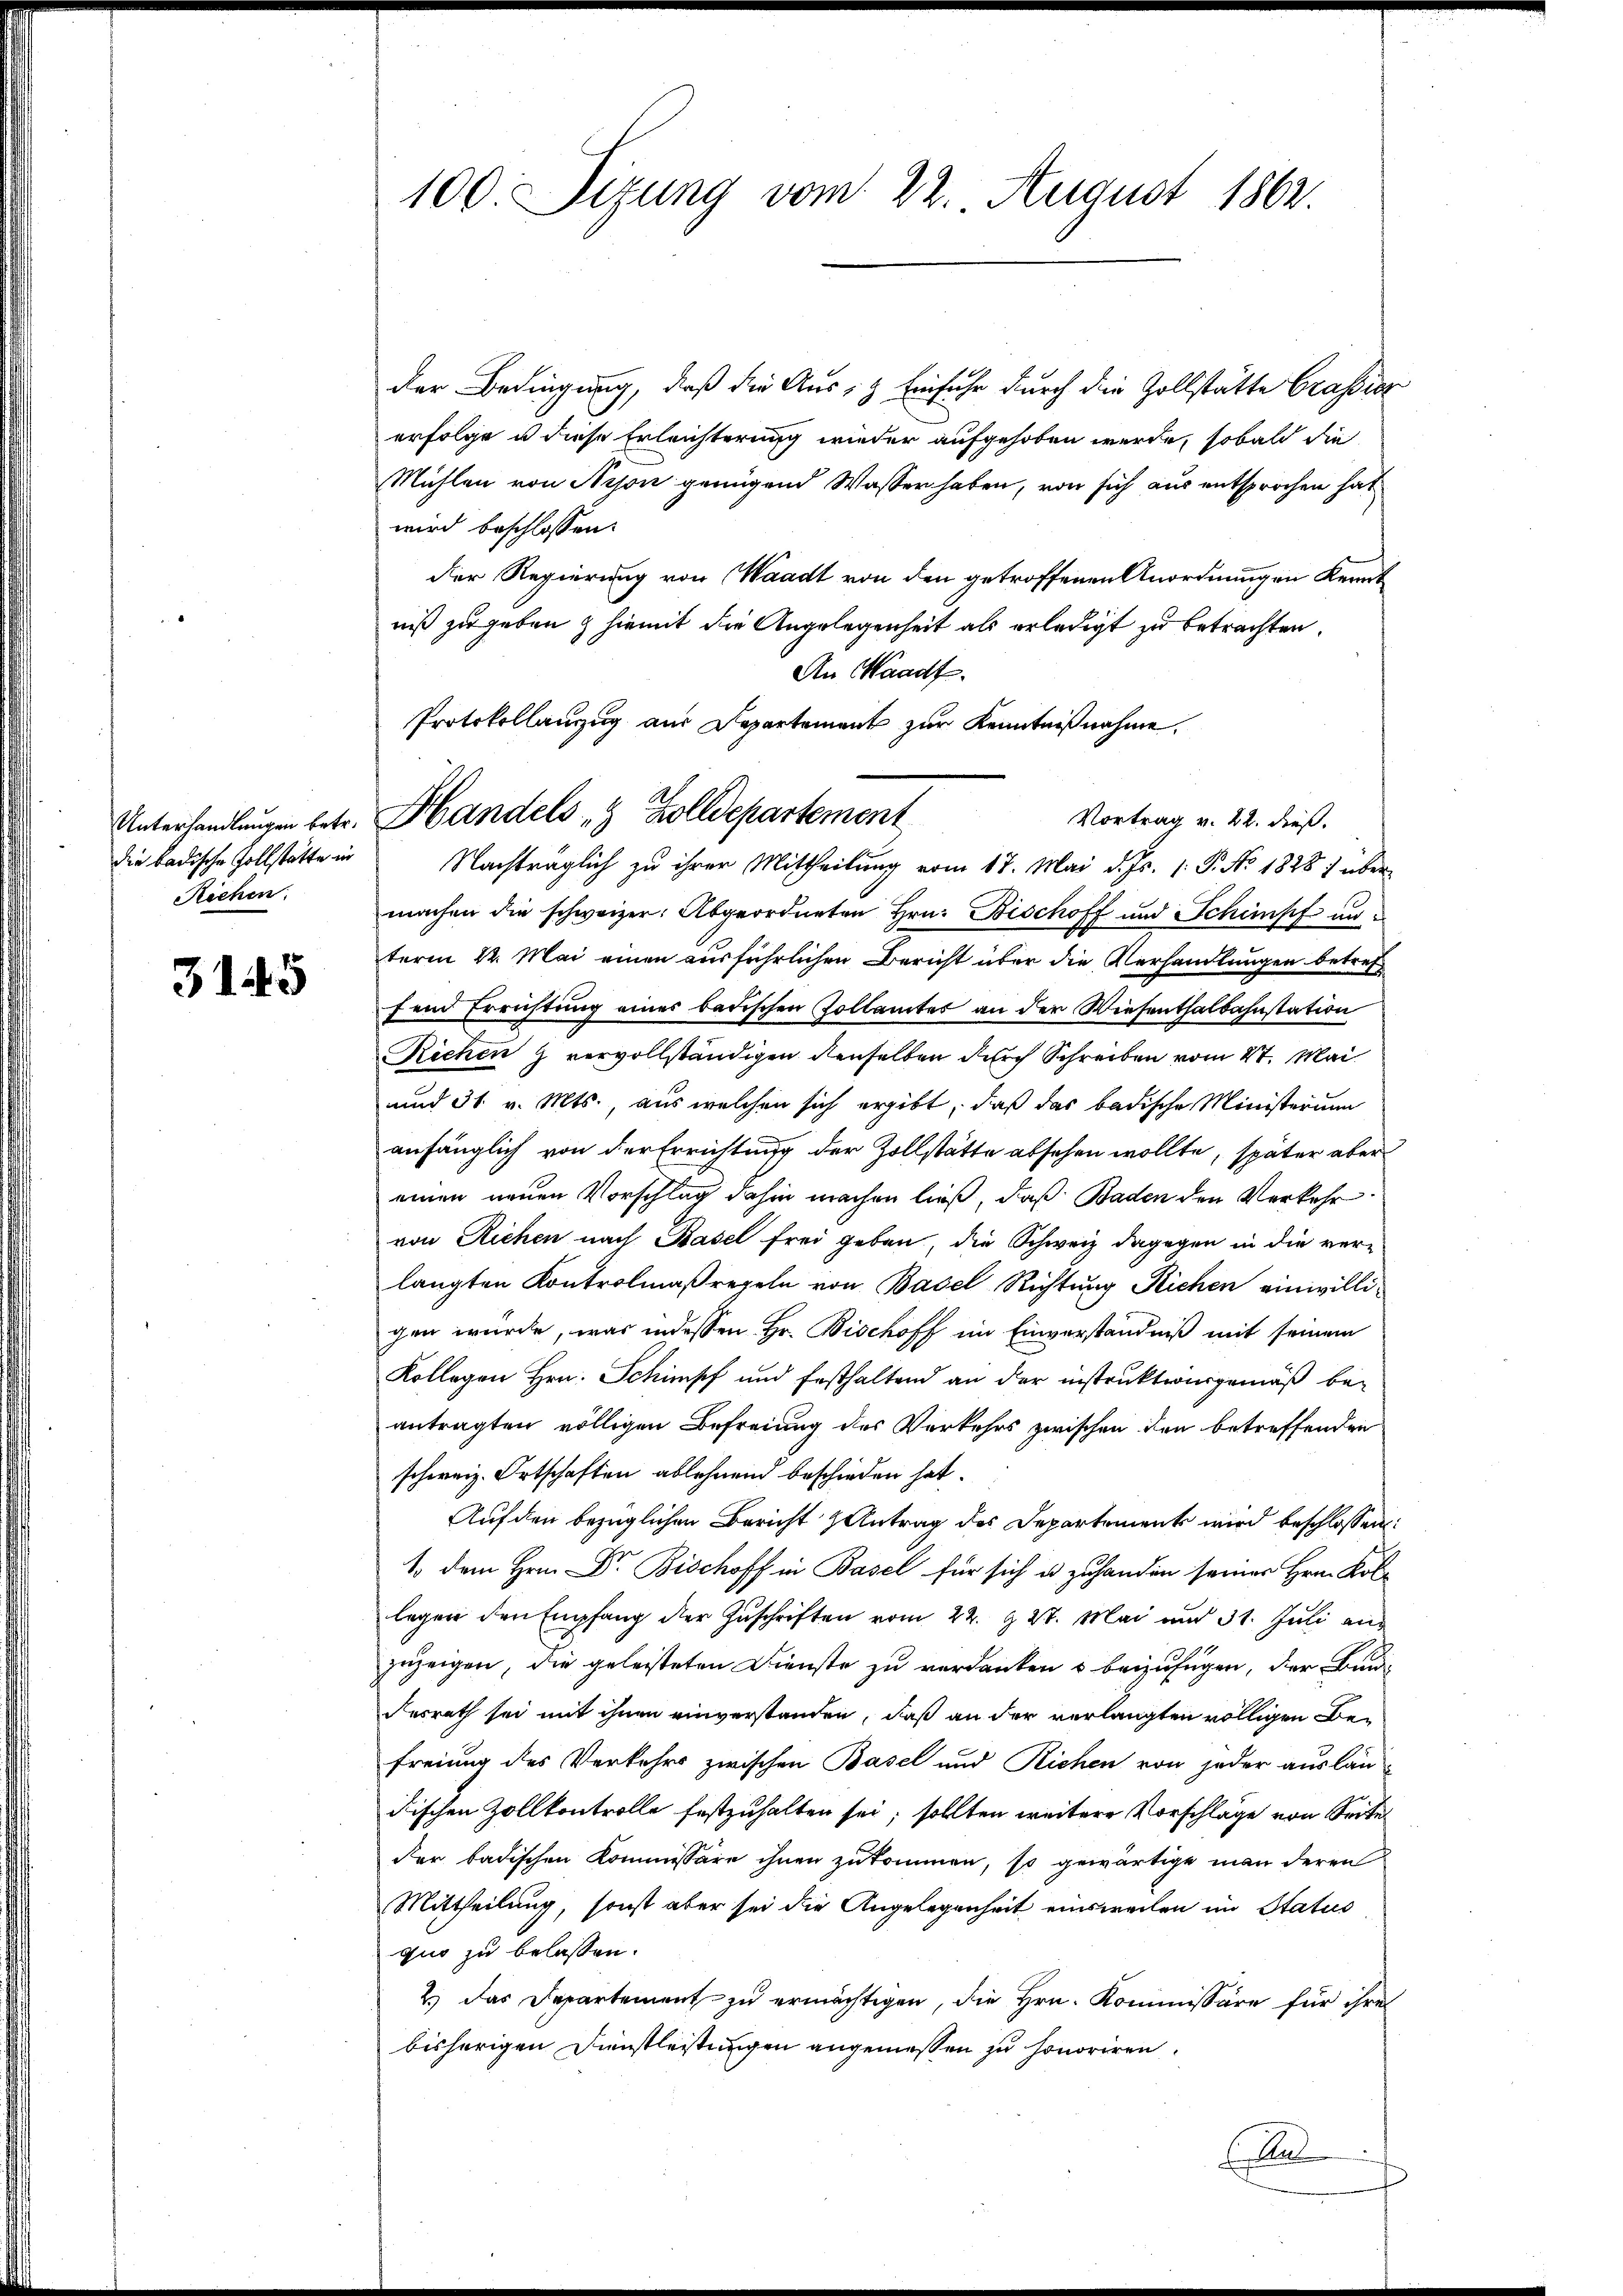
die badische Vollstätte in
Richen

3145

100. Sizung vom 22. August 1862.

der Bedingung, daß die Aus- & Einfuhr durch die Zollstätte Grassier
erfolge u diese Erleichterung wieder aufgehoben werde, sobald die
Mühlen von Nison genügend Wasser haben, von sich aus entsprochen hat
wird beschlossen:
der Regierung von Waadt von den getroffenen Anordnungen Kenntniß zu geben & hiemit die Angelegenheit als erledigt zu betrachten.
An Waadt.
Vortrag v. 22. dieß.
Nachträglich zu ihrer Mittheilung vom 17. Mai d. Js. (: P. No. 1828 über
machen die schweizer. Abgeordneten Hrn. Bischoff und Schimpf anterm 22. Mai einen ausführlichen Bericht über die Verhandlungen betref
sein Errichtung eines badischen Zollämter an der Wiesenthalbahnstation
Richen & vervollständigen denselben durch Schreiben vom 2t. Mai
und 31. v. Mts., aus welchen sich ergibt, daß das badische Ministerun
anhänglich von der Errichtung der Zollstätte absehen wollte, später aber
einen neuen Vorschlag dahin machen ließ, daß Baden den Verkehr
von Richen nach Basel frei geben, die Schweiz dagegen in die verlangten Kontrolmaßregeln von Basel Richtung Richen einwilligen wurde, was indessen Hr. Bischoff im Einverständniß mit seinem
Kollegen Hrn. Schimpf und festhaltend an der instrukturgemäß beantragten völligen Befreiung des Verkehrs zwischen den betreffenden
schweiz. Ortschaften ablehnend beschieden hat.
Auf den bezüglichen Bericht Zentrag des Departements wird beschlossen:
1. dem Hrn. Dr. Bischoff in Basel für sich u. zuhanden seiner Hrn. Kollegen den Empfang der Zuschriften vom 22. d. 27. Mai und 31. Juli anzuzeigen, die geleisteten Dienste zu verdanken u beizufügen, der Bunddesrath sei mit ihnen einverstanden, daß an der verlangten völligen Befreiung des Verkehrs zwischen Basel und Richen von jeder auslän-
dischen Zollkontrolle festzuhalten sei; sollten weitere Vorschläge von Seite
der badischen Kommissäre ihnen zukommen, so gewärtige man deren
Mittheilung, sonst aber sei die Angelegenheit einsweilen im Status
quo zu belassen.
2.) Das Departement zu ermächtigen, die Hrn. Kommissäre für ihre
bisherigen Dienstleistungen angemessen zu honoriren.
.
E

Protokollanzug aus Departement zur Kenntnißnahme.
Unterhandlungen betr. Handels & Zolldepartement